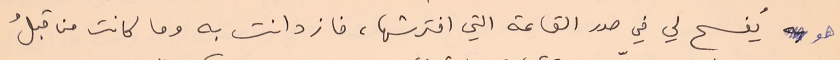
هو يُفسح لي في صدر القاعة التي افترشها، فازدانت به وما كانت من قبلُ